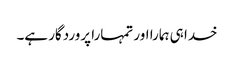
خدا ہی ہمارا اور تمہارا پروردگار ہے۔